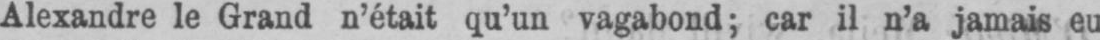
Alexandre le Grand n’était qu’un vagabond; car il n’a jamais eu